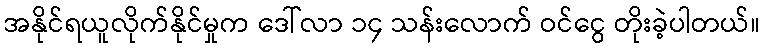
အနိုင်ရယူလိုက်နိုင်မှုက ဒေါ်လာ ၁၄ သန်းလောက် ဝင်ငွေ တိုးခဲ့ပါတယ်။